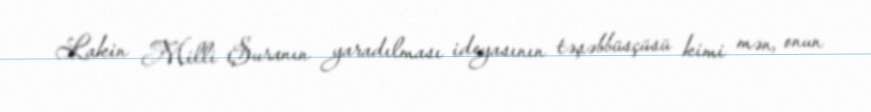
Lakin Milli Şuranın yaradılması ideyasının təşəbbüsçüsü kimi mən, onun